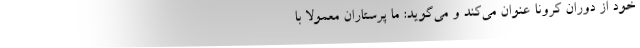
خود از دوران کرونا عنوان می‌کند و می‌گوید: ما پرستاران معمولاً با